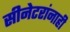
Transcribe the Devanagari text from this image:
सीनेटरांनाही